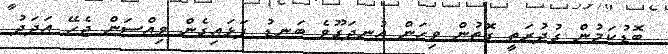
ބޮޑުކަމުން ގުދުރަތީ ގޮތުން ވިހަން އުނދަގޫވެ ބަނޑު ފަޅައިގެން ވިއްސަން ޖެހޭ އަދަދު